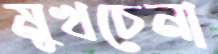
মুখচেনা